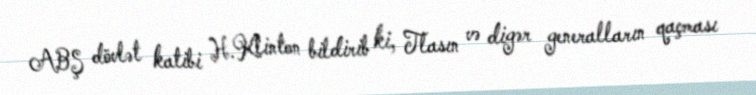
ABŞ dövlət katibi H.Klinton bildirib ki, Tlasın və digər generalların qaçması